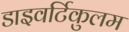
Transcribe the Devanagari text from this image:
डाइवर्टिकुलम